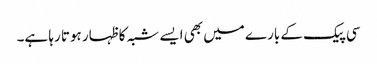
سی پیک کے بارے میں بھی ایسے شبہ کا ظہار ہوتا رہا ہے۔